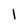
Character: 1